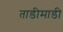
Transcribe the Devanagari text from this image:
ताडीमाडी